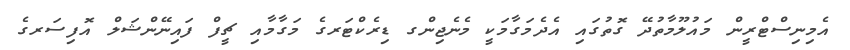
އެމިނިސްޓްރީން މައުލޫމާތުދޭ ގޮތުގައި އެދެމަގާމަކީ މެނެޖިންގ ޑިރެކްޓަރގެ މަގާމާއި ޗީފް ފައިނޭންޝަލް އޮފިސަރގެ